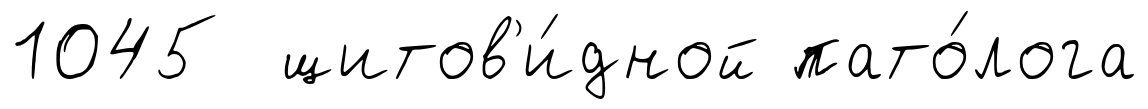
1045 щитов'и́дной пато́лога